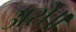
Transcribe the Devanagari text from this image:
असे॥